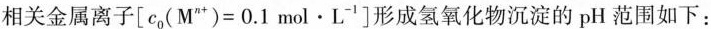
相关金属离子$$[ c _ { 0 } ( M ^ { n + } ) = 0 . 1 m o l · L ^ { - 1 } ]$$形成氢氧化物沉淀的pH范围如下：